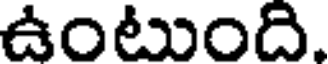
ఉంటుంది.